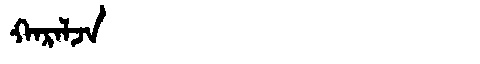
Manchu: ᡴᠠᡵᠠᠯᠵᠠ
Romanization: KARALJA